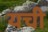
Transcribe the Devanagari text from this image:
यची